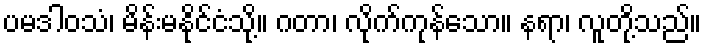
ပမဒါဝသံ၊ မိန်းမနိုင်ငံသို့။ ဂတာ၊ လိုက်ကုန်သော။ နရာ၊ လူတို့သည်။